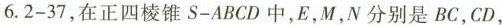
6.2-37，在正四棱锥S-ABCD中，E，M，N分别是BC，CD，